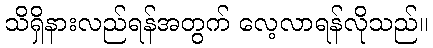
သိရှိနားလည်ရန်အတွက် လေ့လာရန်လိုသည်။